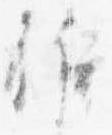
候